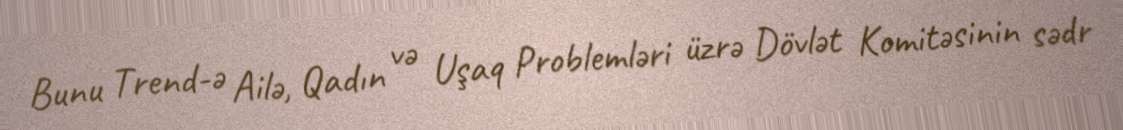
Bunu Trend-ə Ailə, Qadın və Uşaq Problemləri üzrə Dövlət Komitəsinin sədr